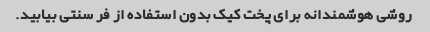
روشی هوشمندانه برای پخت کیک بدون استفاده از فر سنتی بیابید.